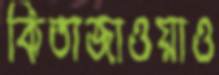
কিতাজাওয়াও